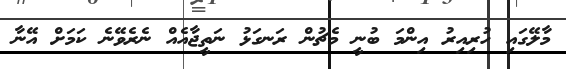
މާލޭގައި ހުރިއިރު އިންމަ ބުނީ މެޗުން ރަނގަޅު ނަތީޖާއެއް ނެރެވޭނެ ކަމަށް އޭނާ